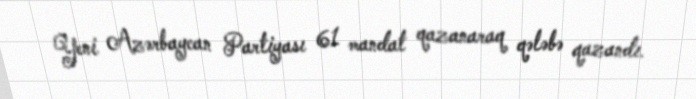
Yeni Azərbaycan Partiyası 61 mandat qazanaraq qələbə qazandı.